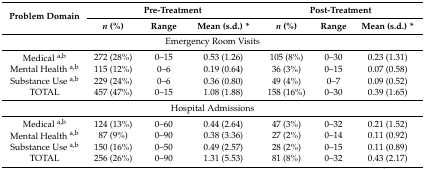
| <ROWSPAN=2> Problem Domain | <COLSPAN=3> Pre-Treatment | <COLSPAN=3> Post-Treatment |
 | n (%) | Range | Mean (s.d.) * | n (%) | Range | Mean (s.d.) * |
 | --- | --- | --- | --- | --- | --- | --- |
 | <COLSPAN=7> Emergency Room Visits |
 | Medical a,b | 272 (28%) | 0–15 | 0.53 (1.26) | 105 (8%) | 0–30 | 0.23 (1.31) |
 | Mental Health a,b | 115 (12%) | 0–6 | 0.19 (0.64) | 36 (3%) | 0–15 | 0.07 (0.58) |
 | Substance Use a,b | 229 (24%) | 0–6 | 0.36 (0.80) | 49 (4%) | 0–7 | 0.09 (0.52) |
 | TOTAL | 457 (47%) | 0–15 | 1.08 (1.88) | 158 (16%) | 0–30 | 0.39 (1.65) |
 | <COLSPAN=7> Hospital Admissions |
 | Medical a,b | 124 (13%) | 0–60 | 0.44 (2.64) | 47 (3%) | 0–32 | 0.21 (1.52) |
 | Mental Health a,b | 87 (9%) | 0–90 | 0.38 (3.36) | 27 (2%) | 0–14 | 0.11 (0.92) |
 | Substance Use a,b | 150 (16%) | 0–50 | 0.49 (2.57) | 28 (2%) | 0–15 | 0.11 (0.89) |
 | TOTAL | 256 (26%) | 0–90 | 1.31 (5.53) | 81 (8%) | 0–32 | 0.43 (2.17) |